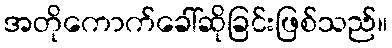
အတိုကောက်ခေါ်ဆိုခြင်းဖြစ်သည်။